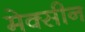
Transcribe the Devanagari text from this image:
मेक्सीन